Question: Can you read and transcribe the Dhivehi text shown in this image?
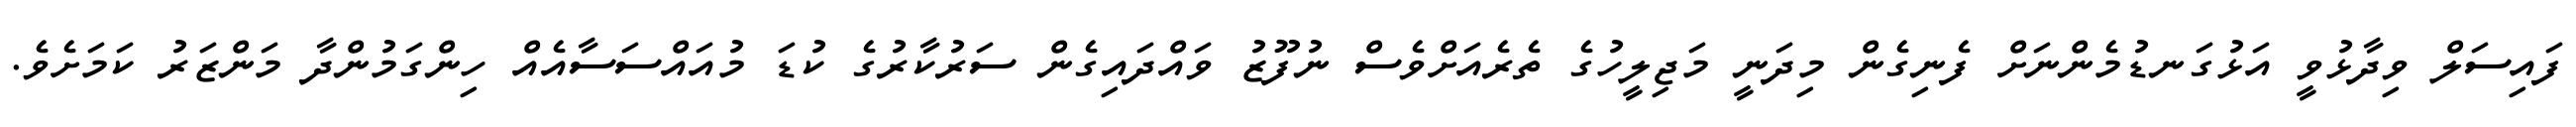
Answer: ފައިސަލް ވިދާޅުވީ އަޅުގަނޑުމެންނަށް ފެނިގެން މިދަނީ މަޖިލީހުގެ ތެރެއަށްވެސް ނުފޫޒު ވައްދައިގެން ސަރުކާރުގެ ކުޑަ މުއައްސަސާއެއް ހިންގަމުންދާ މަންޒަރު ކަމަށެވެ.